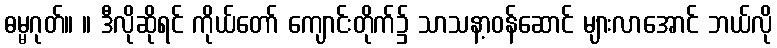
ဓမ္မဂုတ်။ ။ ဒီလိုဆိုရင် ကိုယ်တော် ကျောင်းတိုက်၌ သာသနာ့ဝန်ဆောင် များလာအောင် ဘယ်လို